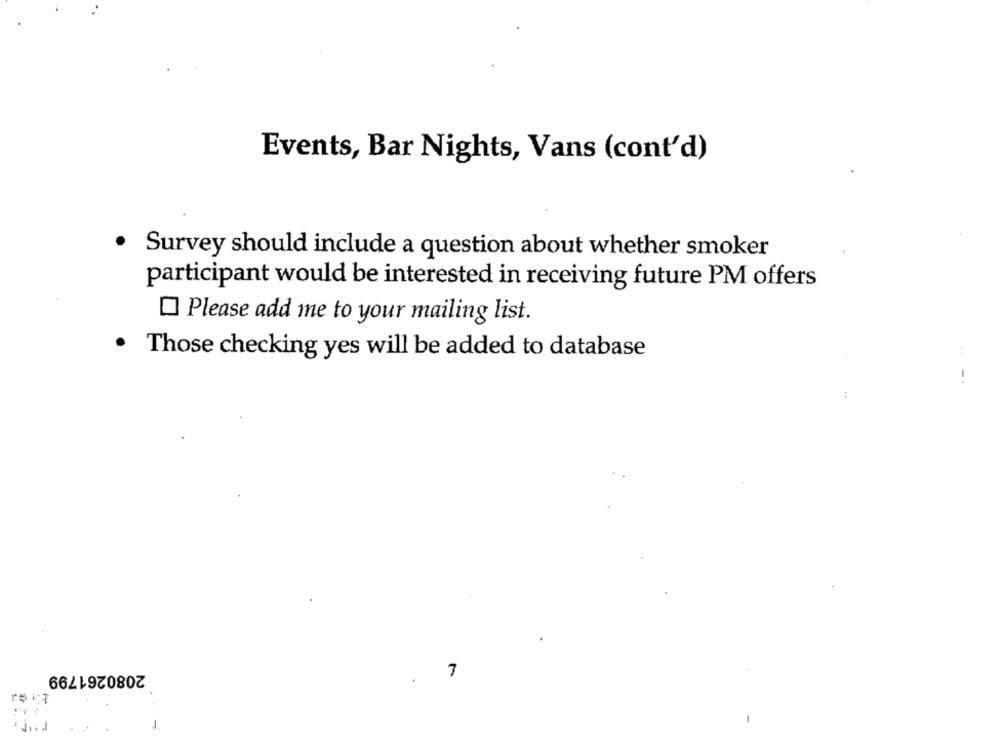
Events, Bar Nights, Vans (cont'd)
.
Survey should include a question about whether smoker
participant would be interested in receiving future PM offers
Please add me to your mailing list.
· Those checking yes will be added to database
:
!
2080261799
7